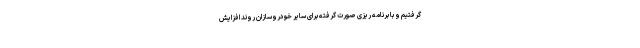
گرفتیم و با برنامه ریزی صورت گرفته برای سایر خودروسازان روند افزایش